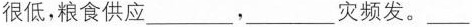
很低，粮食供应 ___ ，___ 灾频发。___